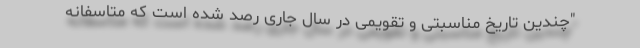
"چندین تاریخ مناسبتی و تقویمی در سال جاری رصد شده است که متاسفانه